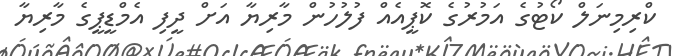
ކްރިމިނަލް ކޯޓުގެ އަމުރުގެ ކޮޕީއެއް ފުލުހުން މާރިޔާ އަށް ދީފި އެމްޑީޕީގެ މާރިޔާ